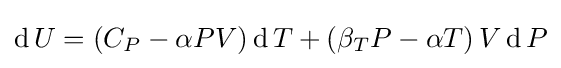
\operatorname {d} U=\left(C_{P}-\alpha PV\right)\operatorname {d} T+\left(\beta _{T}P-\alpha T\right)V\operatorname {d} P